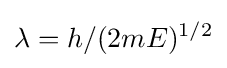
\lambda =h/(2mE)^{1/2}